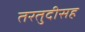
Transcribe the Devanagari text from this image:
तरतुदीसह